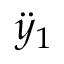
\ddot { y } _ { 1 }